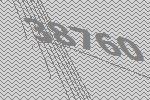
38760